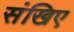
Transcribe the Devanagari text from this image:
संखिए